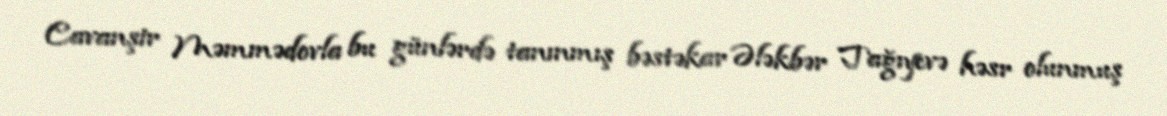
Cavanşir Məmmədovla bu günlərdə tanınmış bəstəkar Ələkbər Tağıyevə həsr olunmuş